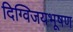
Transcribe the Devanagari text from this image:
दिग्विजयभूषण